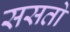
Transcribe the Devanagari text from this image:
ससतो